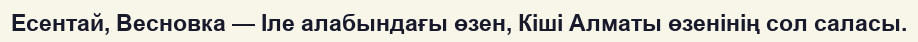
Есентай, Весновка — Іле алабындағы өзен, Кіші Алматы өзенінің сол саласы.